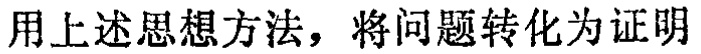
用上 述思想方法，将问题转化为证明